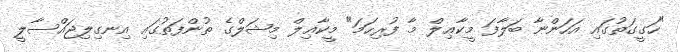
"ހަގީގަތުގައި އަހަންނާ ބަލާފަ މީކާޢިލް މާ ފުރިހަމަ" މީކާޢިލް މިޝަލްގެ ތުންފަތުގައި އިނގިލިޖައްސާލީ